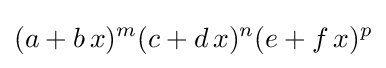
(a+b\,x)^{m}(c+d\,x)^{n}(e+f\,x)^{p}